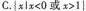
C.{xlx<0或x>1